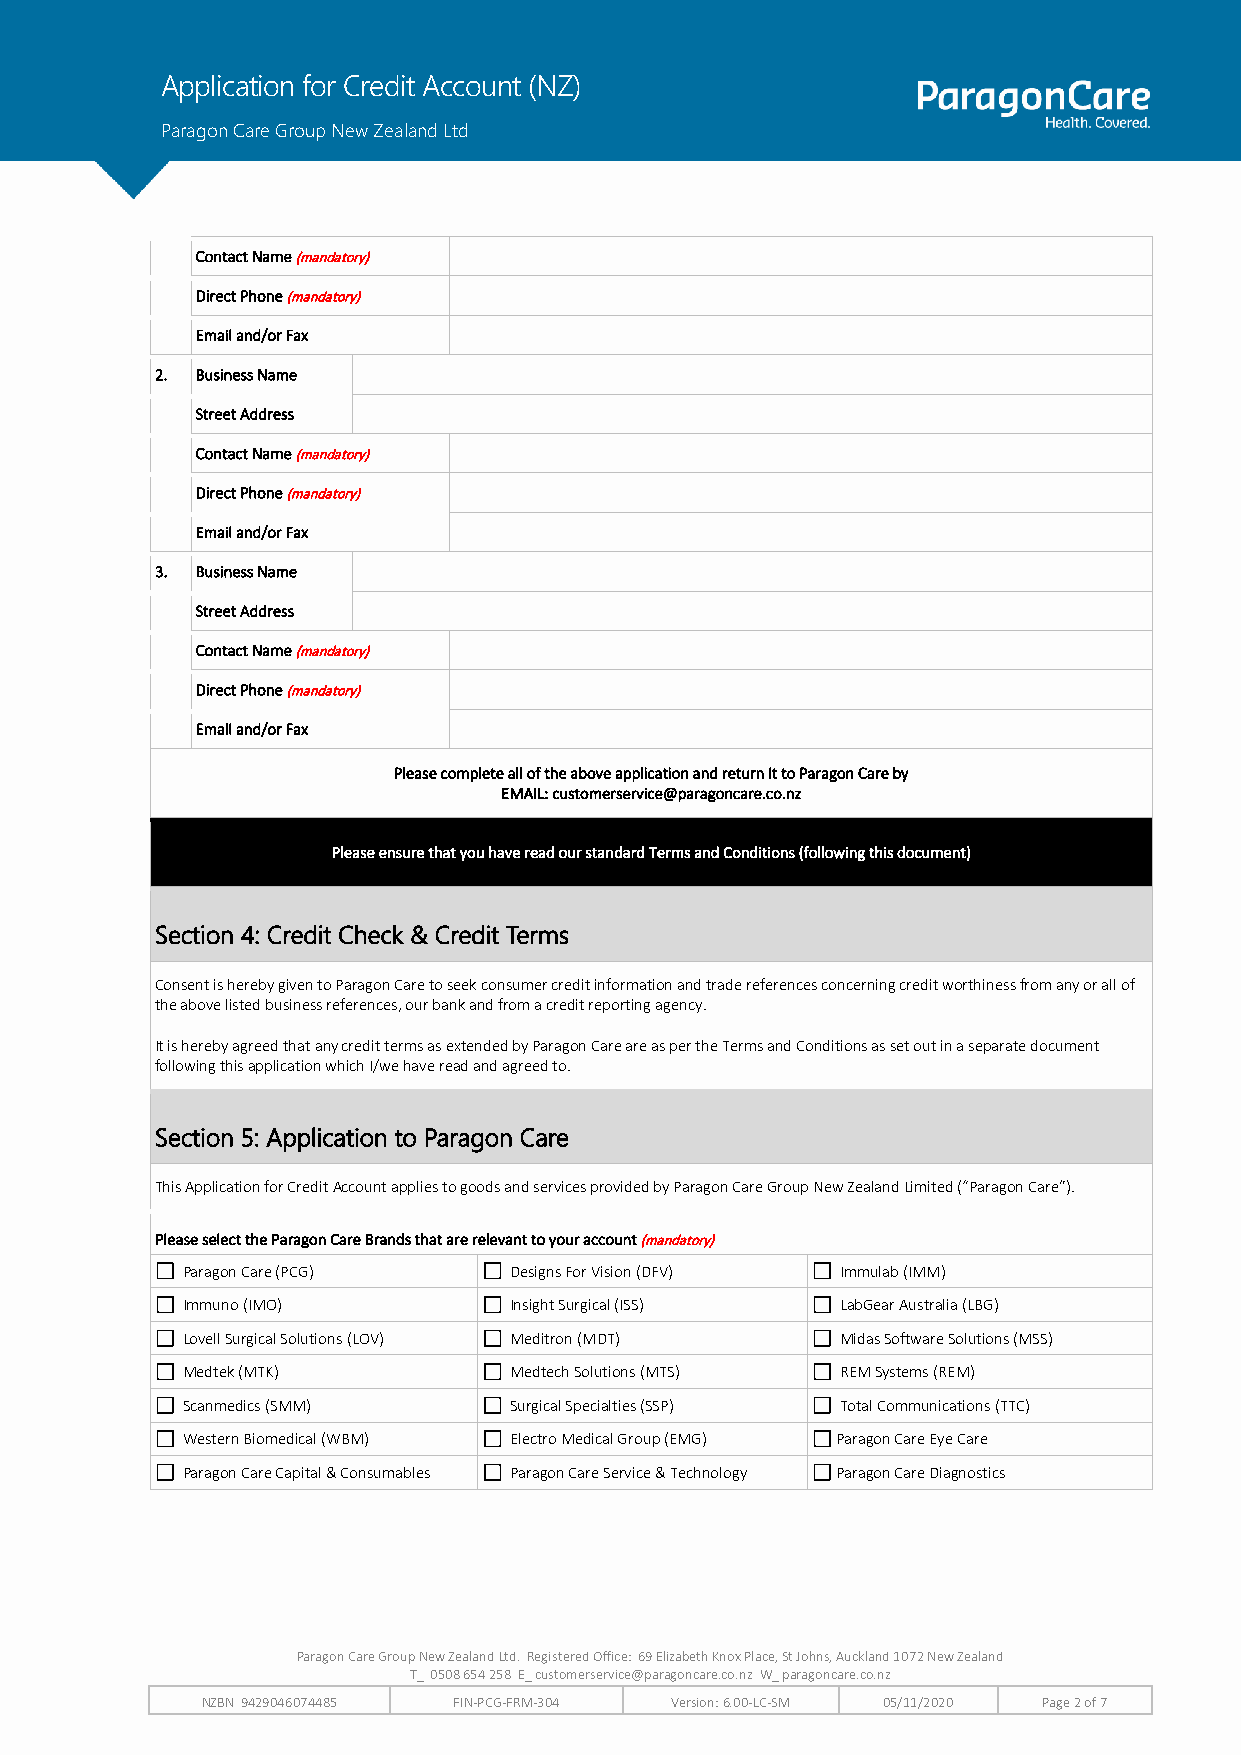
Application for Credit Account (NZ)
 Paragon Care Group New Zealand Ltd
 Contact Name (mandatory)
 Direct Phone (mandatory)
 Email and/or Fax
 2. Business Name
 Street Address
 Contact Name (mandatory)
 Direct Phone (mandatory)
 Email and/or Fax
 3. Business Name
 Street Address
 Contact Name (mandatory)
 Direct Phone (mandatory)
 Email and/or Fax
 Please complete all of the above application and return it to Paragon Care by
 EMAIL: customerservice@paragoncare.co.nz
 Please ensure that you have read our standard Terms and Conditions (following this document)
 Section 4: Credit Check & Credit Terms
 Consent is hereby given to Paragon Care to seek consumer credit information and trade references concerning credit worthiness from any or all of
 the above listed business references, our bank and from a credit reporting agency.
 It is hereby agreed that any credit terms as extended by Paragon Care are as per the Terms and Conditions as set out in a separate document
 following this application which I/we have read and agreed to.
 Section 5: Application to Paragon Care
 This Application for Credit Account applies to goods and services provided by Paragon Care Group New Zealand Limited (“Paragon Care”).
 Please select the Paragon Care Brands that are relevant to your account (mandatory)
 Paragon Care (PCG)    Designs For Vision (DFV) Immulab (IMM)
 Immuno (IMO)          Insight Surgical (ISS) LabGear Australia (LBG)
 Lovell Surgical Solutions (LOV) Meditron (MDT) Midas Software Solutions (MSS)
 Medtek (MTK)          Medtech Solutions (MTS) REM Systems (REM)
 Scanmedics (SMM)      Surgical Specialties (SSP) Total Communications (TTC)
 Western Biomedical (WBM) Electro Medical Group (EMG) Paragon Care Eye Care
 Paragon Care Capital & Consumables Paragon Care Service & Technology Paragon Care Diagnostics
 Paragon Care Group New Zealand Ltd. Registered Office: 69 Elizabeth Knox Place, St Johns, Auckland 1072 New Zealand
 T_ 0508 654 258 E_ customerservice@paragoncare.co.nz W_ paragoncare.co.nz
 NZBN 9429046074485 FIN-PCG-FRM-304 Version: 6.00-LC-SM 05/11/2020 Page 2 of 7